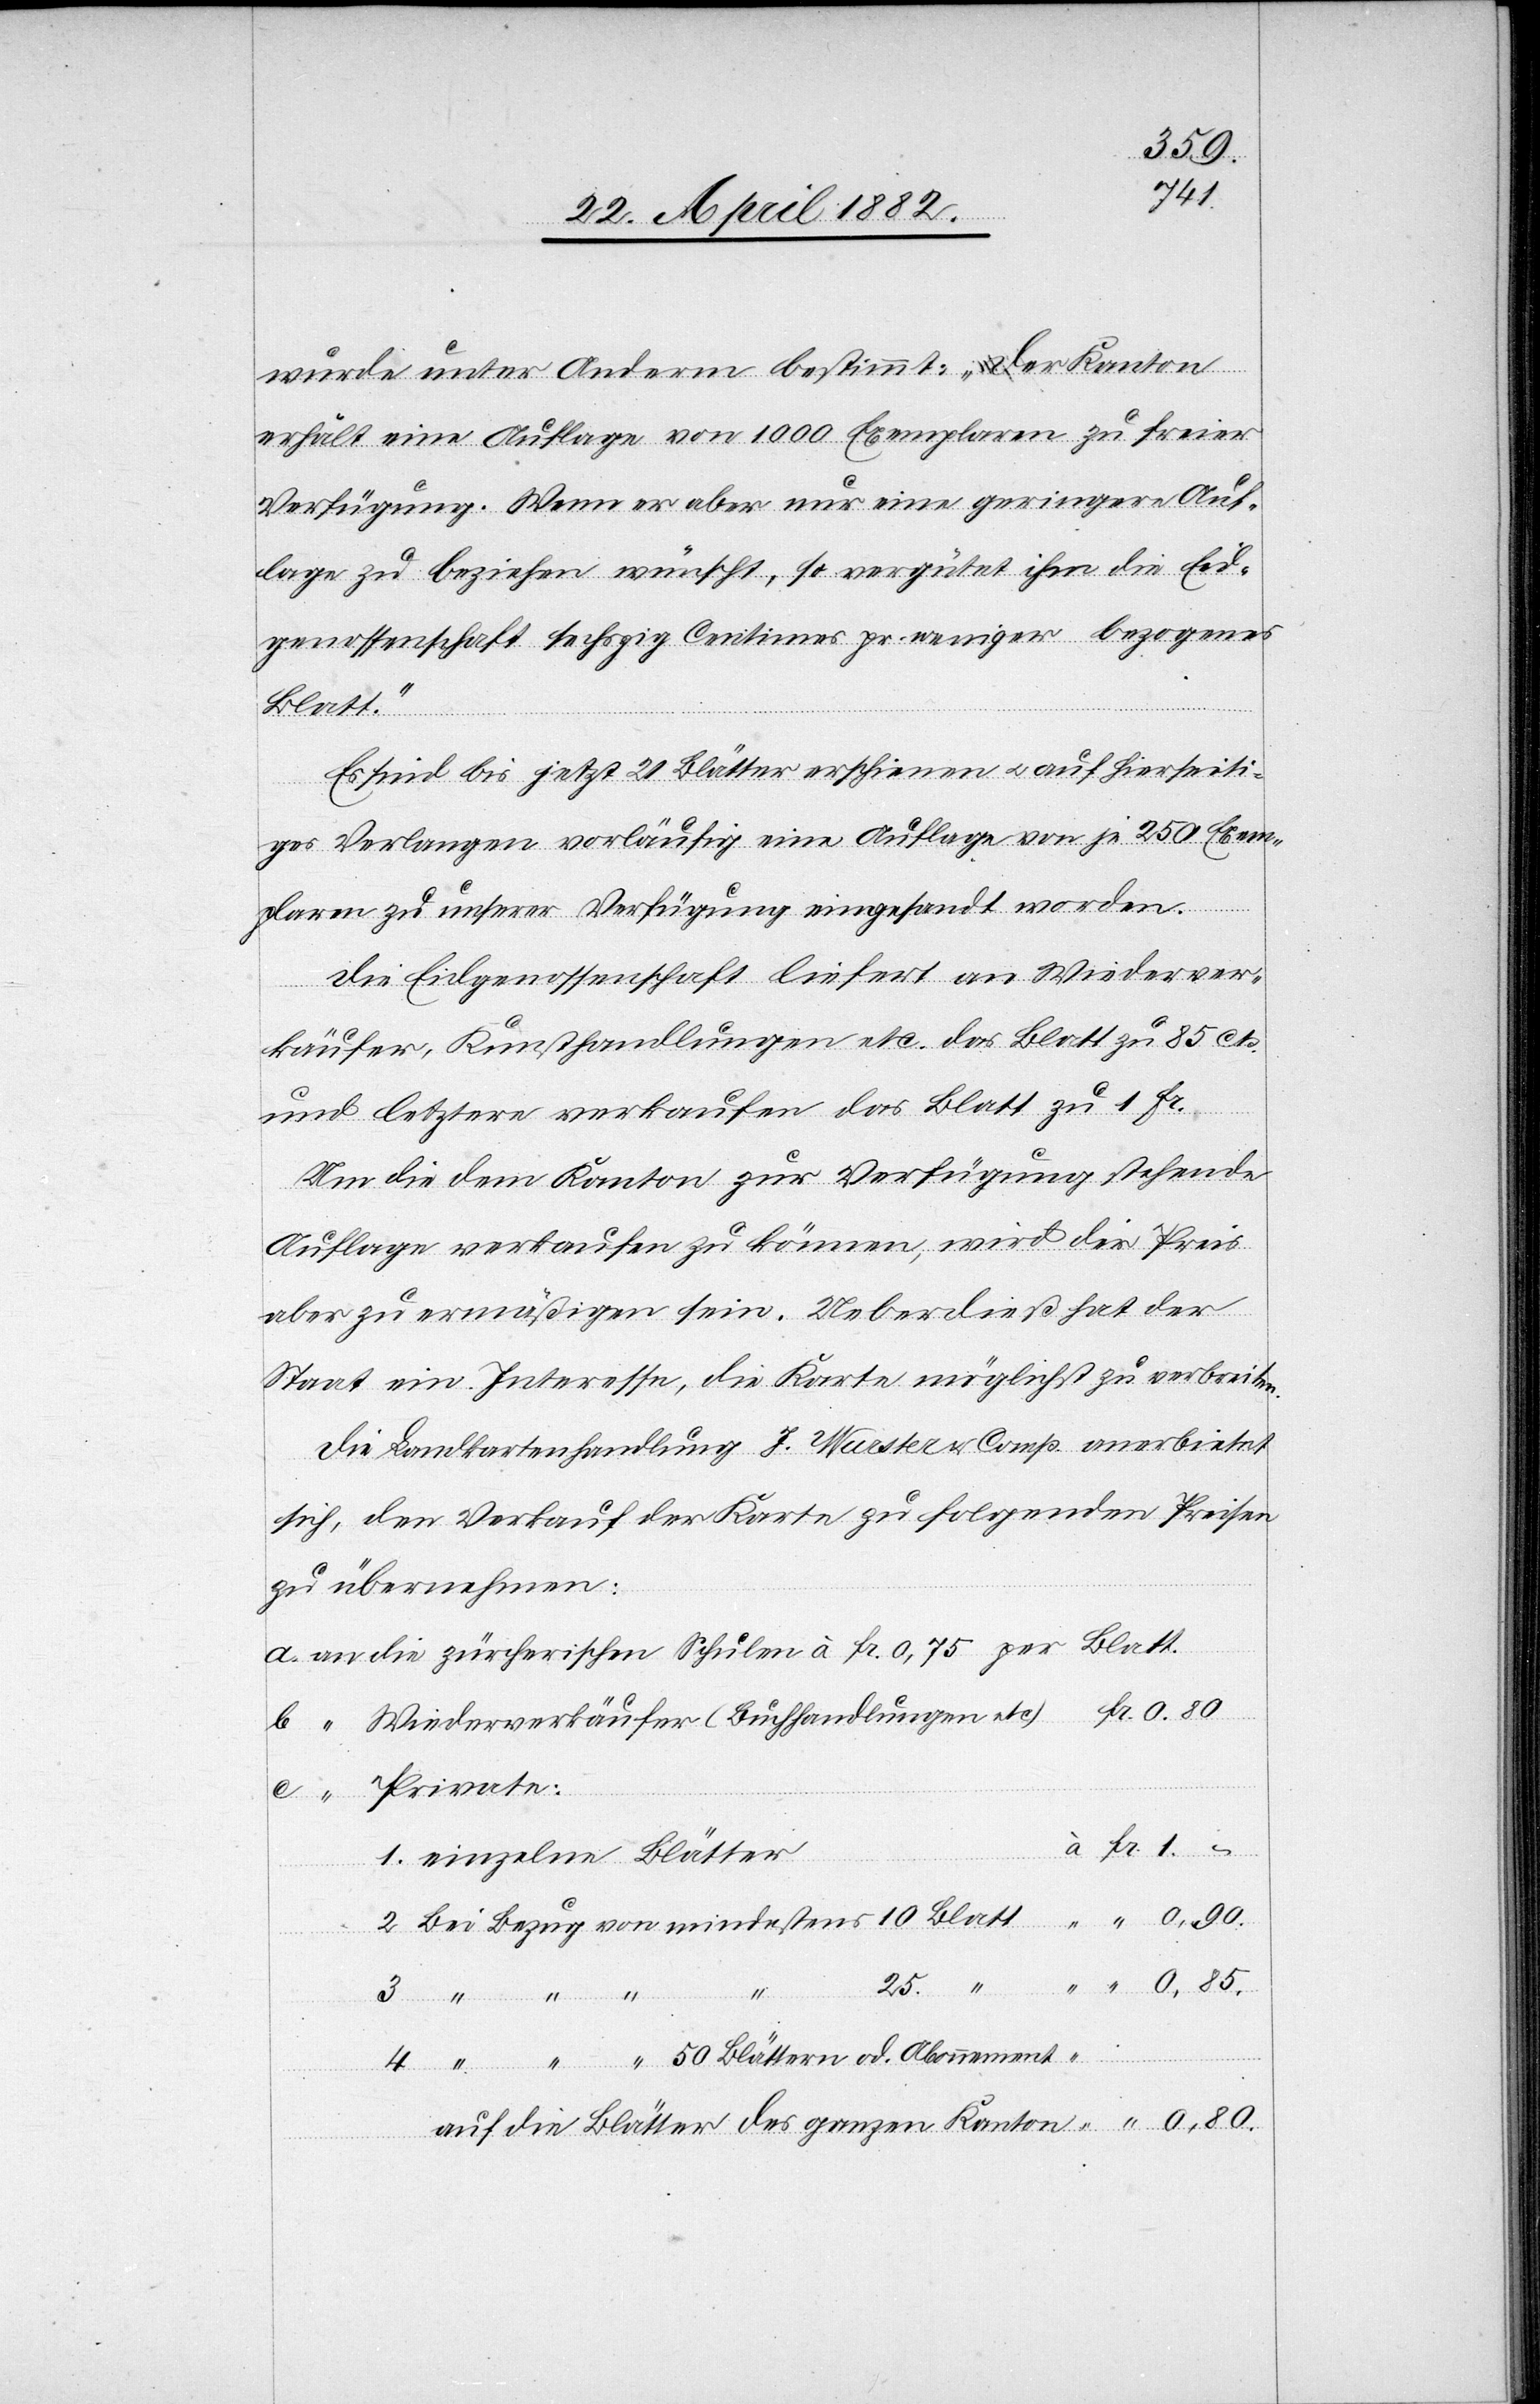
od.
wurde unter Anderm bestimmt: „Der Kanton
erhält eine Auflage von 1000 Exemplaren zu freier
Verfügung. Wenn er aber nur eine geringere Auf¬
lage zu beziehen wünscht, so vergütet ihm die Eid¬
genossenschaft sechszig Centimes pr. weniger bezogenes
Blatt
Es sind bis jetzt 21 Blätter erschienen u. auf hierseiti¬
ges Verlangen vorläufig eine Auflage von je 250 Exem¬
plaren zu unserer Verfügung eingesandt worden.
Die Eidgenossenschaft liefert an Wiederver¬
käufer, Kunsthandlungen etc. das Blatt zu 85 Cts.
und letztere verkaufen das Blatt zu 1 Fr.
Um die dem Kanton zur Verfügung stehende
Auflage verkaufen zu können, wird der Preis
aber zu ermäßigen sein. Ueberdieß hat der
Staat ein Interesse, die Karte möglichst zu verbreiten.
Die Landkartenhandlung J. Wurster & Comp. anerbietet
sich, den Verkauf der Karte zu folgenden Preisen
zu übernehmen:
die zürcherischen Schulen à Fr. 0.75 per Blatt.
Private:
0.
1. einzelne Blätter
von
4.
auf die Blätter des ganzen Kanton